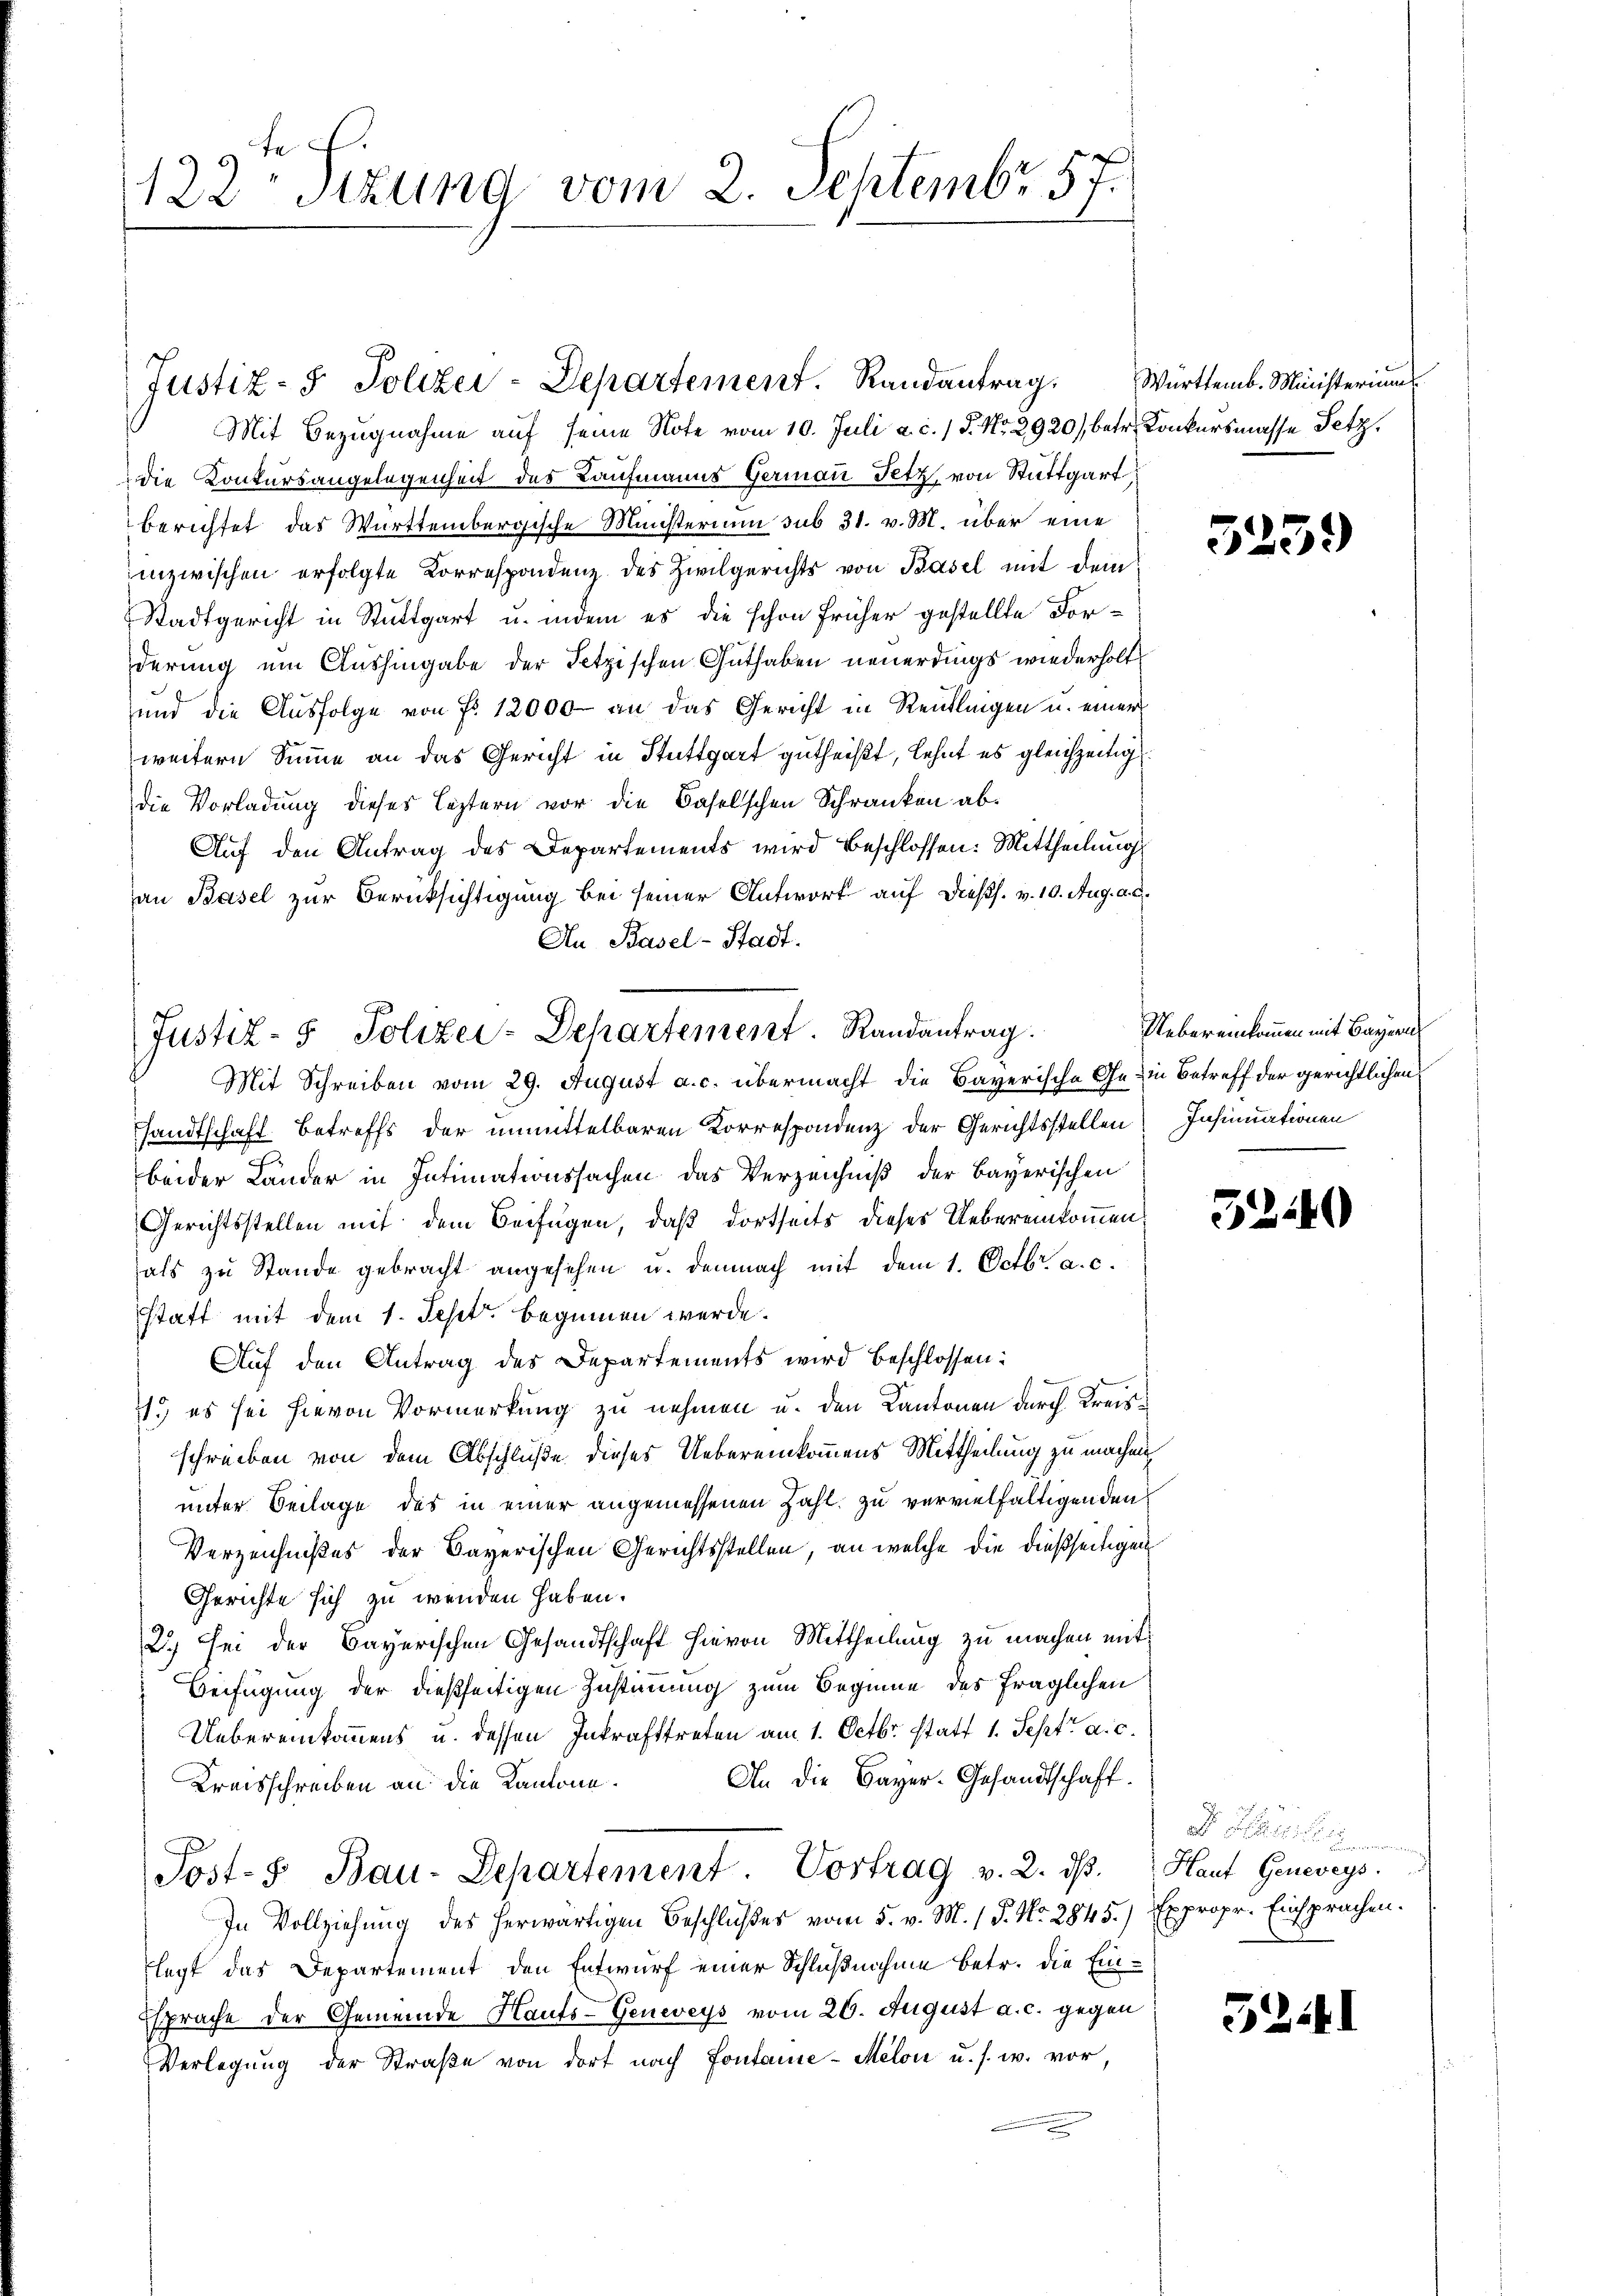
122ten Sizung vom 2. Septembr. 57.

Justiz- & Polizei-Departement. Randantrag.

Justiz- & Polizei-Departement. Randantrag.

Mit Bezugnahme auf seine Note vom 10. Juli a. c. / P. Nr. 2920), betr. Konkursmasse Petz,
die Konkursangelegenheit des Kaufmanns Germann Fetz, von Stuttgart
berichtet das Württembergische Ministerium sub 31. v. M. über eine
inzwischen erfolgte Korrespondenz des Zivilgerichts von Basel mit dem
Stadtgericht in Stuttgart u. indem es die schon früher gestellte Forderung um Aushingabe der Setzischen Guthaben neuerdings wiederholt,
und die Ausfolge von Fr. 12000 an das Gericht in Reutlingen u. einer
weitern Summe an das Gericht in Stuttgart gutheißt, lehnt es gleichzeitig
die Vorladung dieses leztern vor die Baselschen Schranken ab¬
Auf den Antrag des Departements wird beschlossen: Mittheilung
an Basel zur Berücksichtigung bei seiner Antwort auf dießs. v. 10. Aug. a. c.
An Basel-Stadt.
Mit Schreiben vom 29. August a. c. übermacht die Bayerische Ge-in Betreff der gerichtlichen
sandtschaft betreffs der unmittelbaren Korrespondenz der Gerichtsstellen Insinuationen
beider Länder in Intimationssachen das Verzeichniß der Bayerischen
Gerichtsstellen mit dem Beifügen, daß dortseits dieses Uebereinkommenals zu Stande gebracht angesehen u. demnach mit dem 1. Octbr. a. c.
statt mit dem 1. Sept. beginnen werde.
Auf den Antrag des Departements wird beschlossen:
1.) es sei hievon Vormerkung zu nehmen u. den Kantonen durch Kreisschreiben von dem Abschluße dieses Uebereinkommens Mittheilung zu machen
unter Beilage des in einer angemessenen Zahl zu vervielfältigenden
Verzeichnißes der Bayerischen Gerichtsstellen, an welche die dießseitigen
Gerichte sich zu wenden haben.
2.) Sei der Bayerischen Gesandtschaft hievon Mittheilung zu machen mit
Beifügung der dießseitigen Zustimmung zum Beginne des fraglichen
Uebereinkommens u. dessen Inkrafttreten am 1. Octbr. statt 1. Sept. a. c.
An die Bayer. Gesandtschaft.
Kreisschreiben an die Kantone.
Post- & Bau-Departement. Vortrag v. 2. dβ.
In Vollziehung des herwärtigen Beschlußes vom 5. v. M. 1 P. Nr. 2845)
legt das Departement den Entwurf einer Schlußnahme betr. die Ein¬
Esprache der Gemeinde Hauts-Geneveys vom 26. August a. c. gegen
Verlegŭng der Straβe von dort nach Fontanie-Melon u. s. w. vor,

Württemb. Ministerium

5259

Uebereinkommen mit Bayern,

32440

i e mein
Haut Genevegs.
Expropr. Einsprachen.

52141